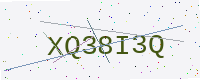
Text: XQ38I3Q